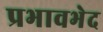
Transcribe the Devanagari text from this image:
प्रभावभेद